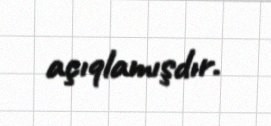
açıqlamışdır.